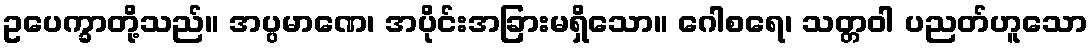
ဥပေက္ခာတို့သည်။ အပ္ပမာဏေ၊ အပိုင်းအခြားမရှိသော။ ဂေါစရေ၊ သတ္တဝါ ပညတ်ဟူသော